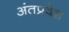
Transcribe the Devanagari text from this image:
अंतप्रवेश